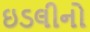
ઇડલીનો